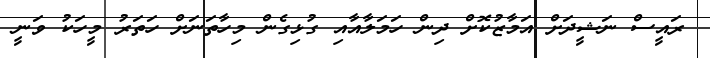
ރައީސް ނަޝީދަށް އަމާޒުކޮށް ދިން ހަމަލާއާއި ގުޅިގެން މިހާތަނަށް ހަތަރު މީހަކު ވަނީ